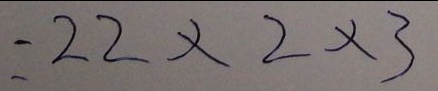
= 2 2 \times 2 \times 3